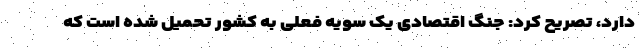
دارد، تصریح کرد: جنگ اقتصادی یک سویه فعلی به کشور تحمیل شده است که